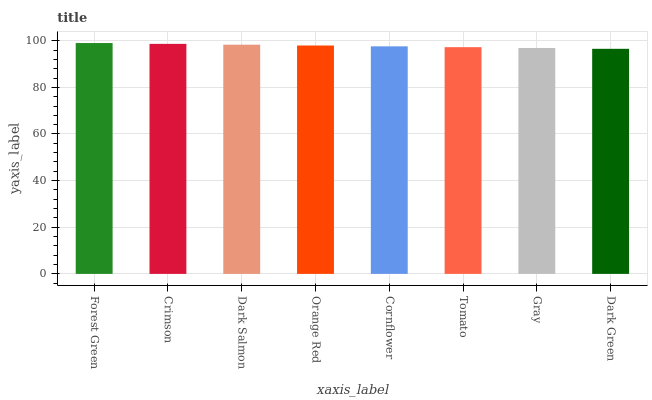
| xaxis_label | bars |
 | --- | --- |
 | Forest Green | 99 |
 | Crimson | 98.6 |
 | Dark Salmon | 98.3 |
 | Orange Red | 97.9 |
 | Cornflower | 97.6 |
 | Tomato | 97.2 |
 | Gray | 96.9 |
 | Dark Green | 96.5 |